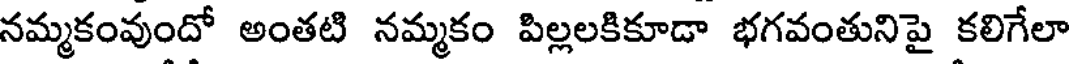
నమ్మకంవుందో అంతటి నమ్మకం పిల్లలకికూడా భగవంతునిపై కలిగేలా